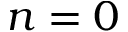
n = 0